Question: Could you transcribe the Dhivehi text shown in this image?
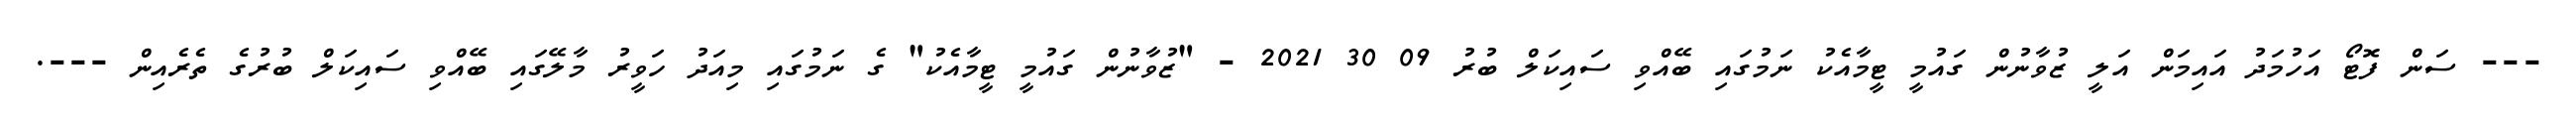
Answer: --- ސަން ފޮޓޯ އަހުމަދު އައިމަން އަލީ ޒުވާނުން ގައުމީ ޓީމާއެކު ނަމުގައި ބޭއްވި ސައިކަލް ބުރު 09 30 2021 - "ޒުވާނުން ގައުމީ ޓީމާއެކު" ގެ ނަމުގައި މިއަދު ހަވީރު މާލޭގައި ބޭއްވި ސައިކަލް ބުރުގެ ތެރެއިން ---.